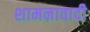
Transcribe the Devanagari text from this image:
शामनावादी